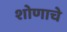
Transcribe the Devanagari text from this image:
शोणाचे